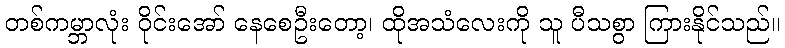
တစ်ကမ္ဘာလုံး ဝိုင်းအော် နေစေဦးတော့၊ ထိုအသံလေးကို သူ ပီသစွာ ကြားနိုင်သည်။